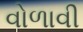
વોળાવી